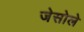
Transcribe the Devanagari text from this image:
जेसोले